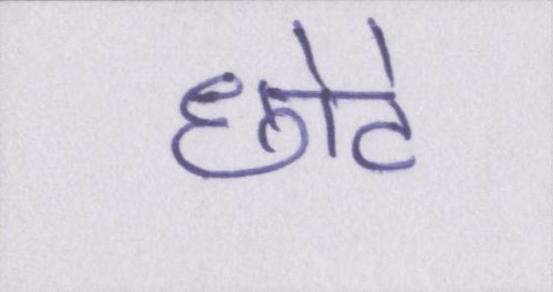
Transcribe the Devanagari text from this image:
छोटे